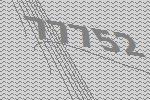
77752